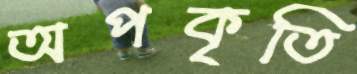
অপকৃতি